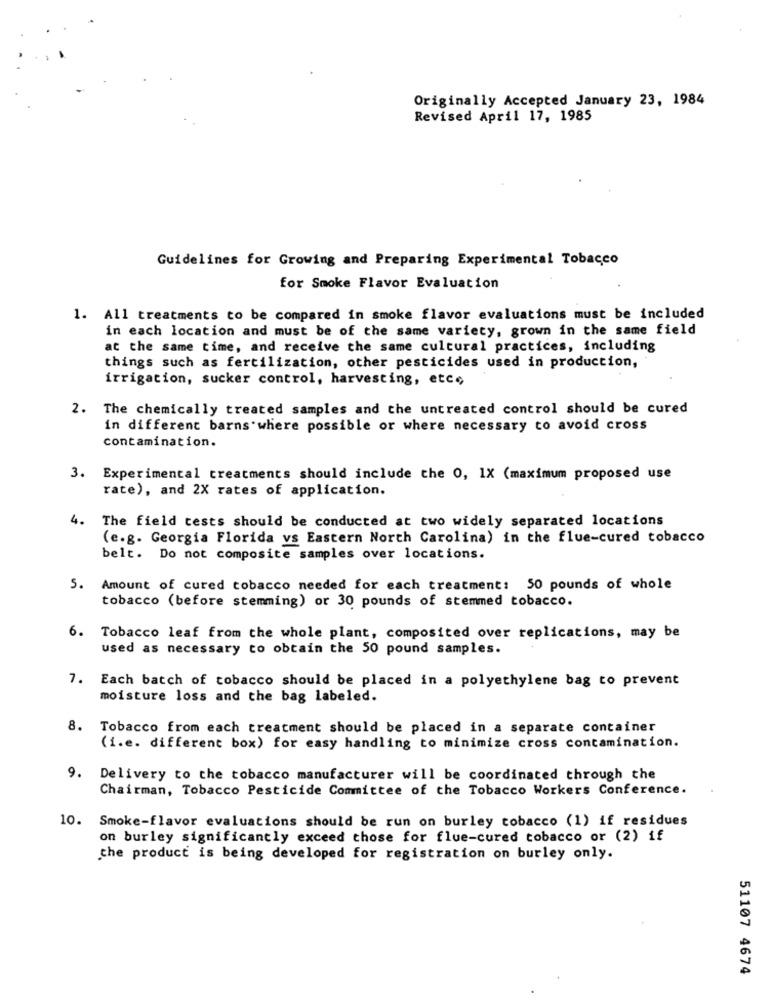
Originally Accepted January 23, 1984
Revised April 17, 1985
Guidelines for Growing and Preparing Experimental Tobacco
for Smoke Flavor Evaluation
1. All treatments to be compared in smoke flavor evaluations must be included
in each location and must be of the same variety, grown in the same field
at the same time, and receive the same cultural practices, including
things such as fertilization, other pesticides used in production,
irrigation, sucker control, harvesting, etce
2. The chemically treated samples and the untreated control should be cured
in different barns where possible or where necessary to avoid cross
contamination.
3. Experimental treatments should include the O, 1X (maximum proposed use
rate), and 2X rates of application.
4. The field tests should be conducted at two widely separated locations
(e.g. Georgia Florida vs Eastern North Carolina) in the flue-cured tobacco
belt. Do not composite samples over locations.
5. Amount of cured tobacco needed for each treatment: 50 pounds of whole
tobacco (before stemming) or 30 pounds of stemmed tobacco.
6. Tobacco leaf from the whole plant, composited over replications, may be
used as necessary to obtain the 50 pound samples.
7. Each batch of tobacco should be placed in a polyethylene bag to prevent
moisture loss and the bag labeled.
8.
Tobacco from each treatment should be placed in a separate container
(i.e. different box) for easy handling to minimize cross contamination.
9.
Delivery to the tobacco manufacturer will be coordinated through the
Chairman, Tobacco Pesticide Committee of the Tobacco Workers Conference.
10.
Smoke-flavor evaluations should be run on burley tobacco (1) if residues
on burley significantly exceed those for flue-cured tobacco or (2) if
the product is being developed for registration on burley only.
51107 4674